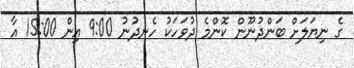
ގެ ނިޔަލަށް ބަންދުނޫން ކޮންމެ ދުވަހަކު ހެނދުނު 9:00 އިން 15:00 އާ